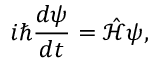
i \hbar { \frac { d \psi } { d t } } = { \hat { \mathcal { H } } } \psi ,